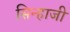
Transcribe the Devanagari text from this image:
सिन्हाजी